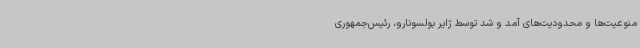
منوعیت‌ها و محدودیت‌های آمد و شد توسط ژایر بولسونارو، رئیس‌جمهوری